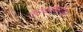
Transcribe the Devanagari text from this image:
काकांबरोबर